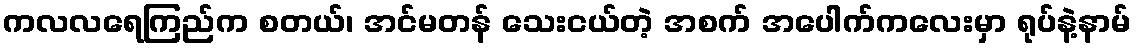
ကလလရေကြည်က စတယ်၊ အင်မတန် သေးငယ်တဲ့ အစက် အပေါက်ကလေးမှာ ရုပ်နဲ့နာမ်